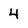
Character: 4